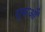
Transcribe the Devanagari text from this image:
गुरूऔं